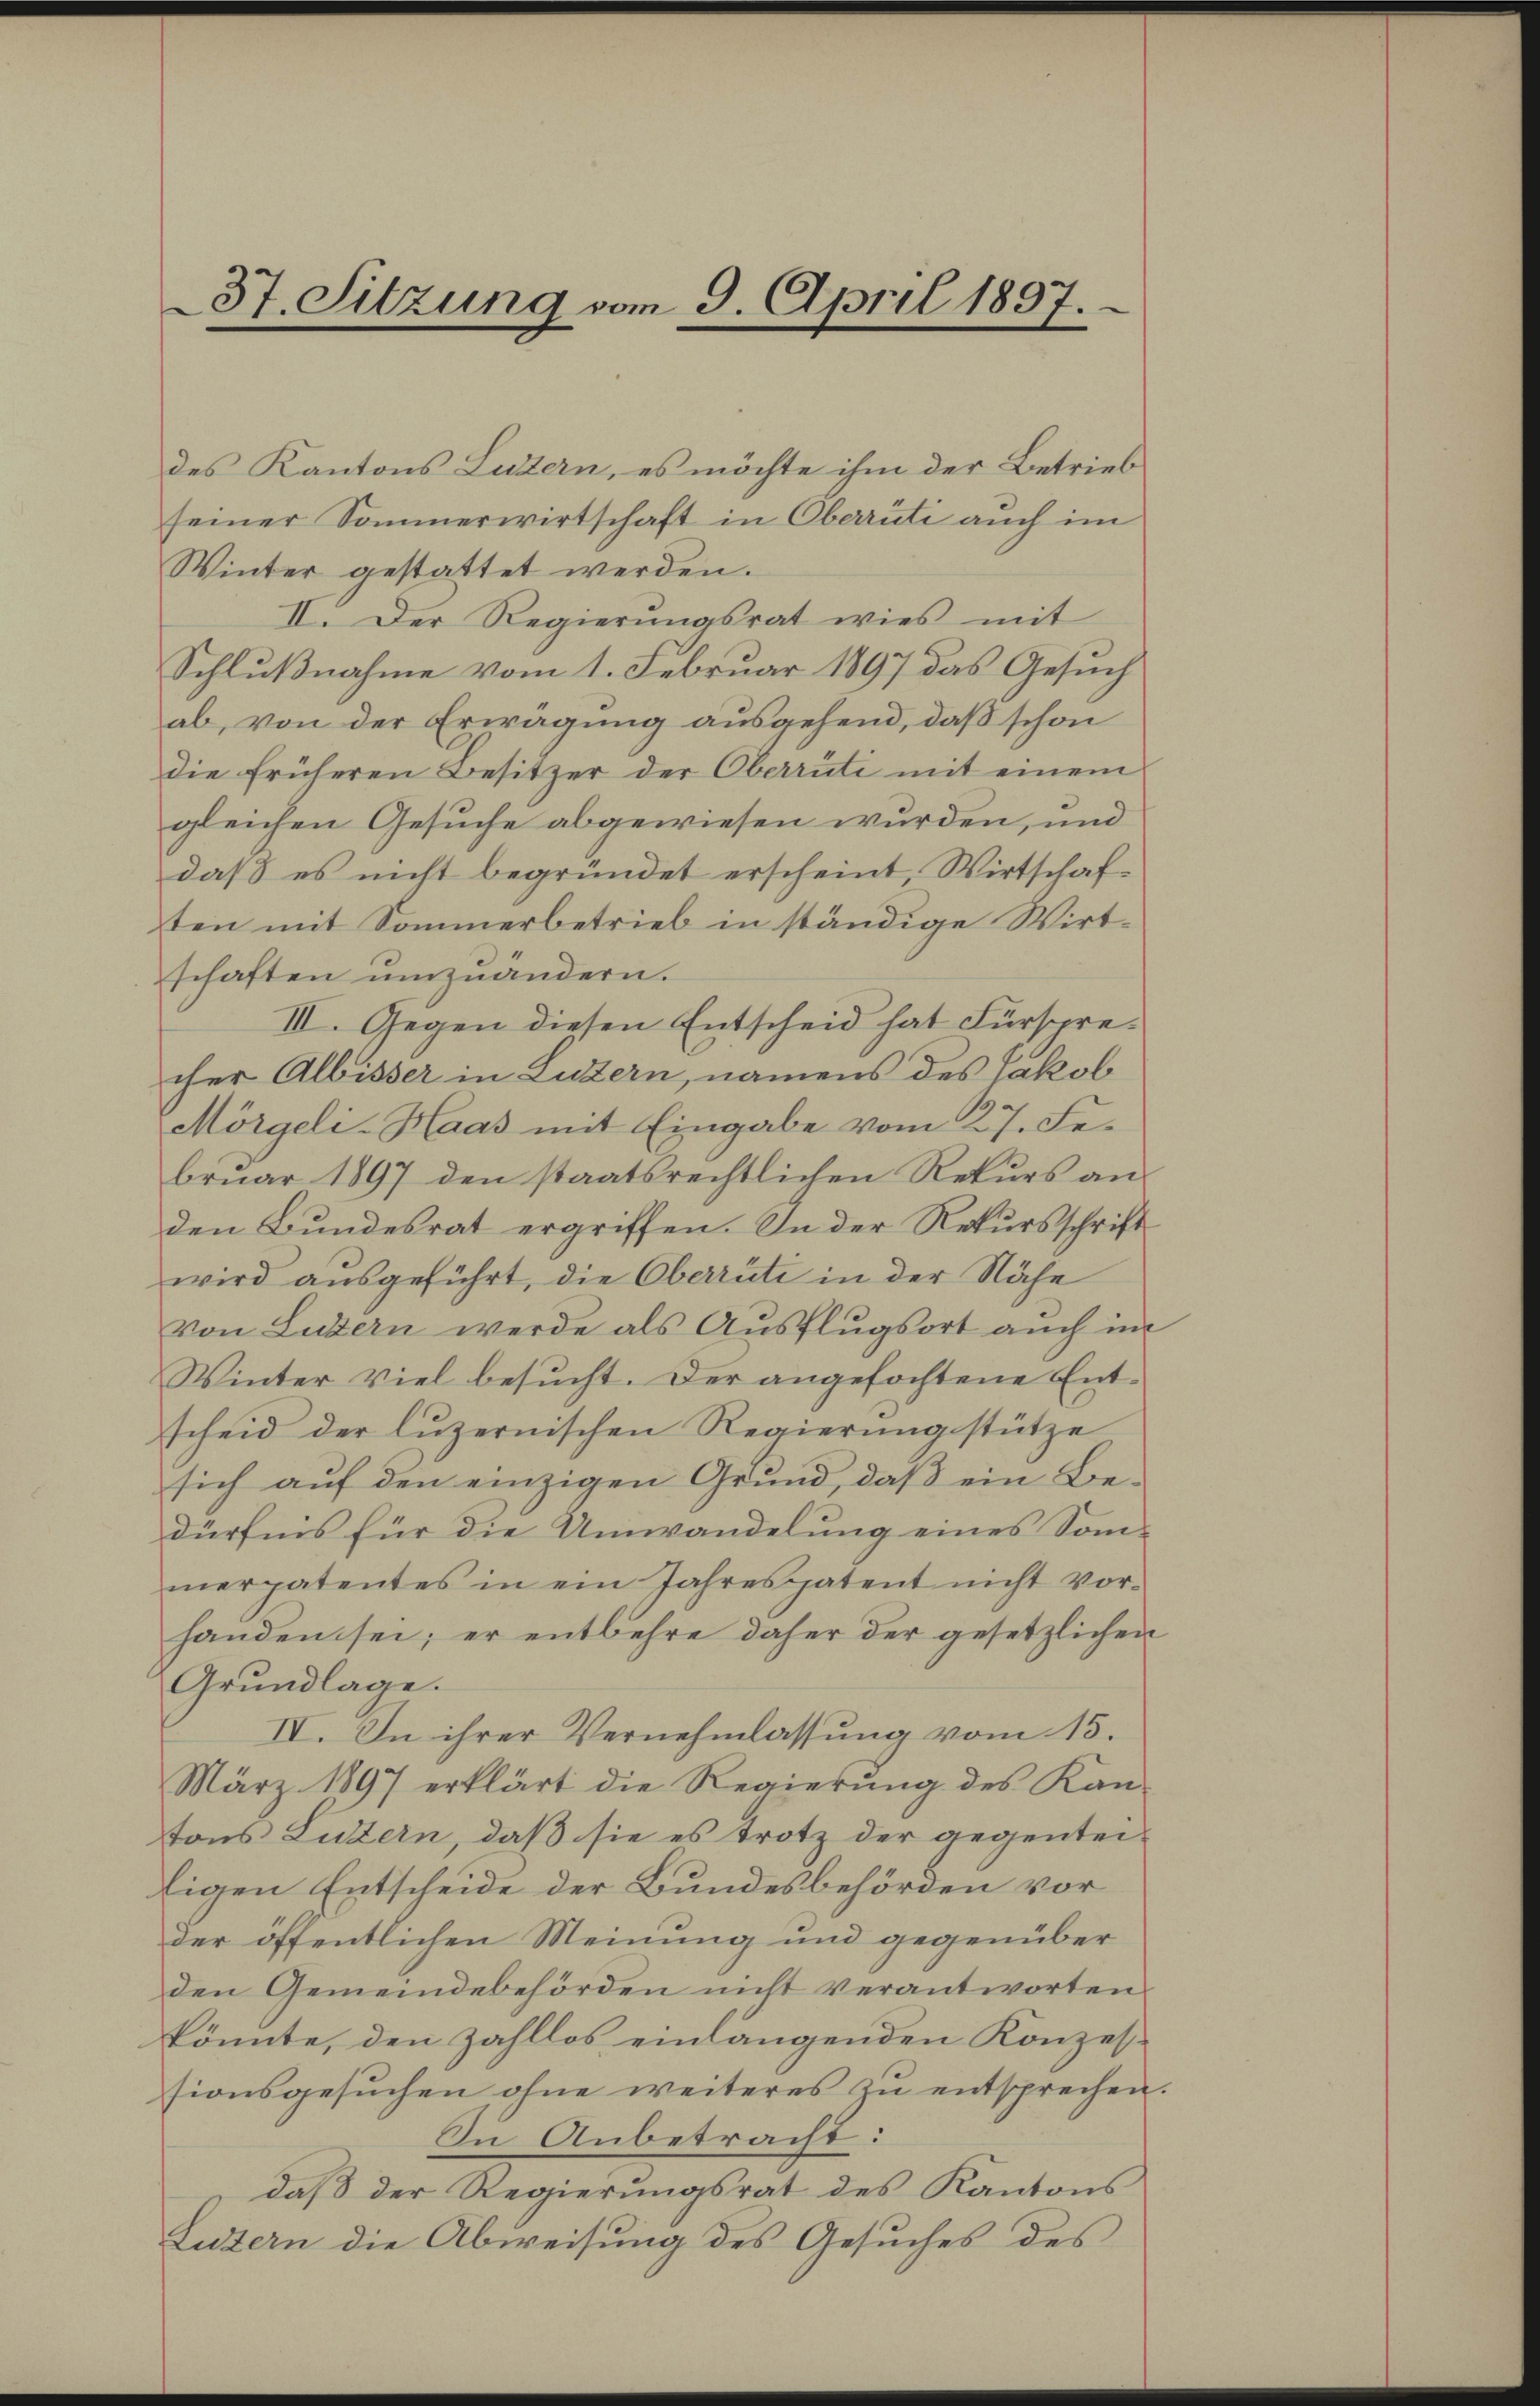
37. Sitzung vom 9. April 1897.

des Kantons Luzern, es möchte ihm der Betrieb
seiner Sommerwirtschaft in Oberrüti auch im
Winter gestattet werden.
II. Der Regierŭngsrat wies mit
Schlußnahme vom 1. Februar 1897 das Gesuch
ab, von der Erwägung ausgehend, daß schon
die früheren Besitzer der Oberrüti mit einem
gleichen Gesuche abgewiesen wurden, und
daß es nicht begründet erscheint, Wirtschaften mit Sommerbetrieb in ständige Wirtschaften umzuändern.
III. Gegen diesen Entscheid hat Fürsprecher Albisser in Luzern, namens des Jakob
Mörgeli-Haas mit Eingabe vom 27. Februar 1897 den staatsrechtlichen Rekurs anden Bundesrat ergriffen. In der Rekursschrift
wird ausgeführt, die Oberrüti in der Nähe
von Luzern werde als Ausflugsort auch im
Winter viel besucht. Der angefochtene Entscheid der luzernischen Regierŭng stütze
sich auf den einzigen Grund, daß ein Bedürfnis für die Umwandelung eines Somierpatentes in ein Jahres patent nicht vorhanden sei; er entbehre daher der gesetzlichen
Grundlage.
IV. In ihrer Vernehmlassung vom 13.
März 1897 erklärt die Regierung des Kan-
tons Luzern, daß sie es trotz der gegentei-
ligen Entscheide der Bundesbehörden vor
der öffentlichen Meinung und gegenüber
den Gemeindebehörden nicht verantworten
könnte, den zahllos einlängenden Konzess
sionsgesŭchen ohne weiteres zu entsprechen
In Anbetracht:
daß der Regierungsrat des Kantons
Luzern die Abweisung des Gesuches des

1